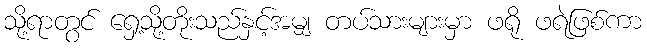
သို့ရာတွင် ရှေ့သို့တိုးသည်နှင့်အမျှ တပ်သားများမှာ ဖရို ဖရဲဖြစ်ကာ